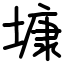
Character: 𡐓